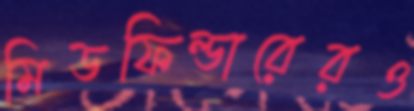
মিডফিল্ডারেরও